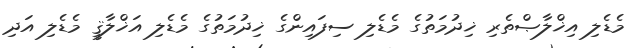
މެޑެލި އިޚްލާޞްތެރި ޚިދުމަތުގެ މެޑެލި ސިފައިންގެ ޚިދުމަތުގެ މެޑެލި އަޚްލާޤީ މެޑެލި އަދި